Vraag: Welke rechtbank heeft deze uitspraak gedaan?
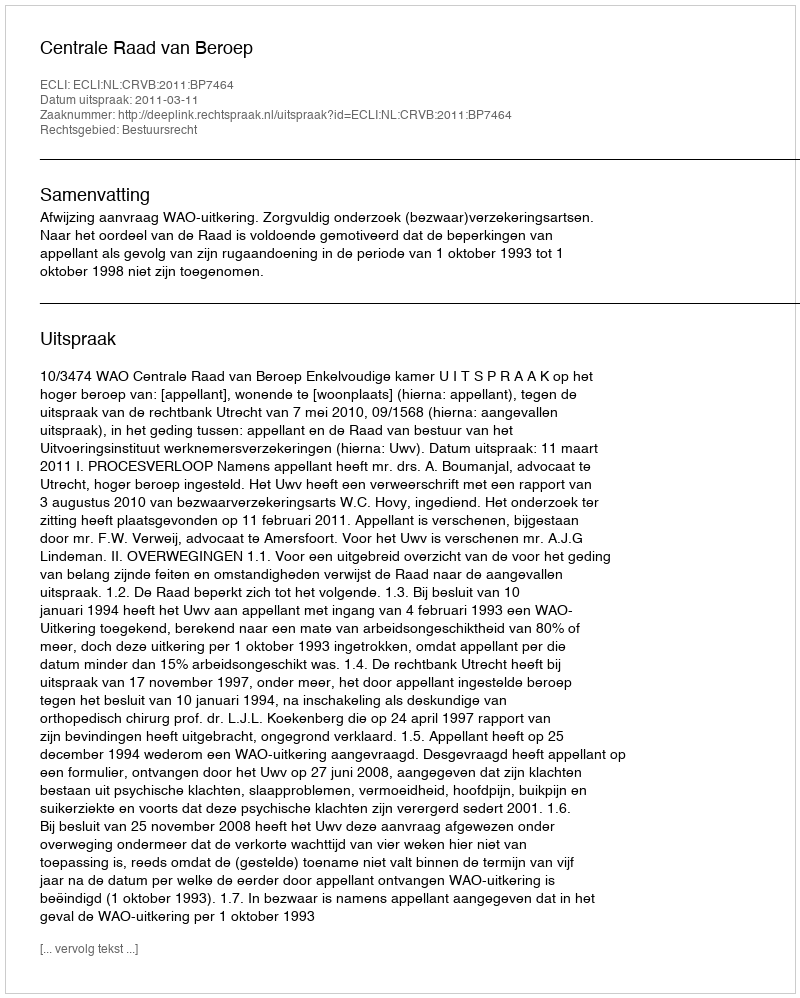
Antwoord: Centrale Raad van Beroep